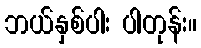
ဘယ်နှစ်ပါး ပါတုန်း။